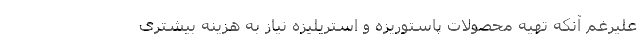
علیرغم آنکه تهیه محصولات پاستوریزه و استریلیزه نیاز به هزینه بیشتری